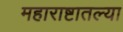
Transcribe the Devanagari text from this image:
महाराष्टातल्या